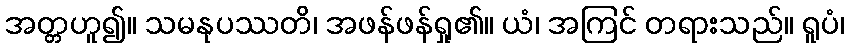
အတ္တဟူ၍။ သမနုပဿတိ၊ အဖန်ဖန်ရှု၏။ ယံ၊ အကြင် တရားသည်။ ရူပံ၊